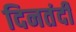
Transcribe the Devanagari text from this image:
दिनतंदी